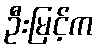
ဦးမြင့်က